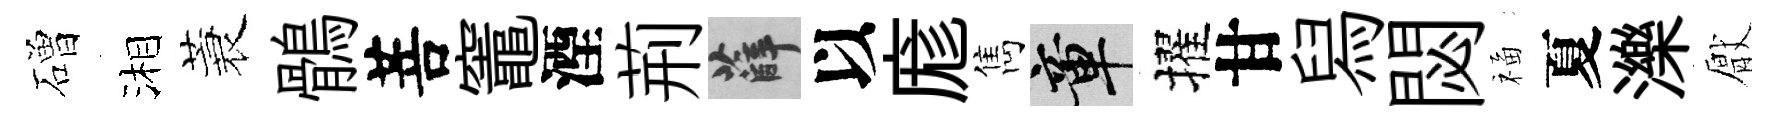
磳湘蓑鶻菩竈湮荊薛以庬雋章擢甘舄閟福夏濼厭